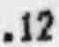
.12